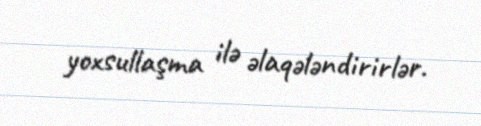
yoxsullaşma ilə əlaqələndirirlər.